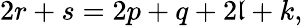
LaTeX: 2r+s=2p+q+2\mathfrak{l}+k,